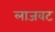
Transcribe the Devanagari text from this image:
लाजवट